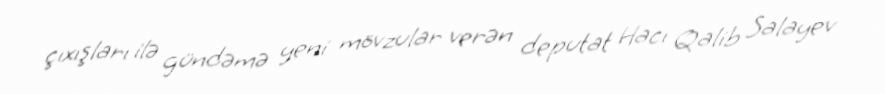
çıxışları ilə gündəmə yeni mövzular verən deputat Hacı Qalib Salayev